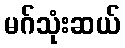
မဂ်သုံးဆယ်